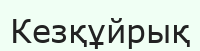
Кезқұйрық